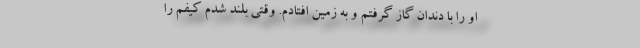
او را با دندان گاز گرفتم و به زمین افتادم. وقتی بلند شدم کیفم را